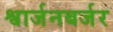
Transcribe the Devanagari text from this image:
श्वार्जनबर्जर